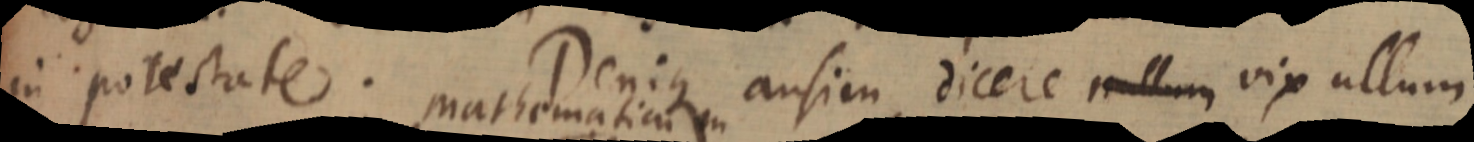
in potestate. Denique ausim dicere nullum vix ullum